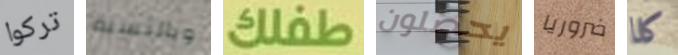
تركوا وبالنسبة طفلك يحصلون ضروريا كلا